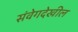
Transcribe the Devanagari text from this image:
संवेगदेखील